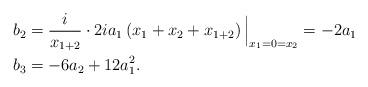
LaTeX: \begin{align*} b_2 &= \frac{i}{x_{1+2}}\cdot 2ia_1 \left( x_1 + x_2 + x_{1+2} \right) \Big|_{x_1=0=x_2} = -2 a_1\\b_3 &= -6 a_2 + 12 a_1^2.\end{align*}